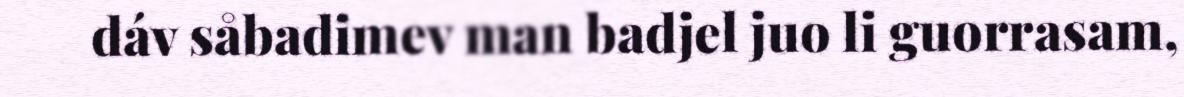
dáv såbadimev man badjel juo li guorrasam,